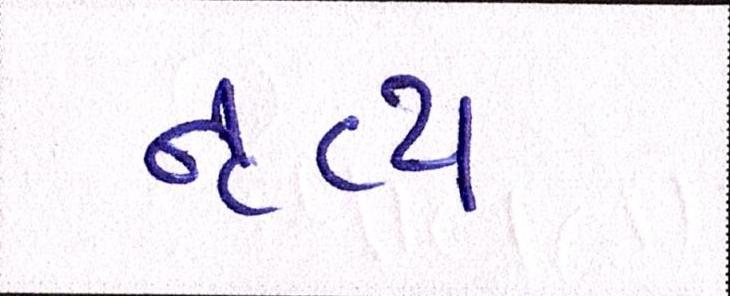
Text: નૃત્ય